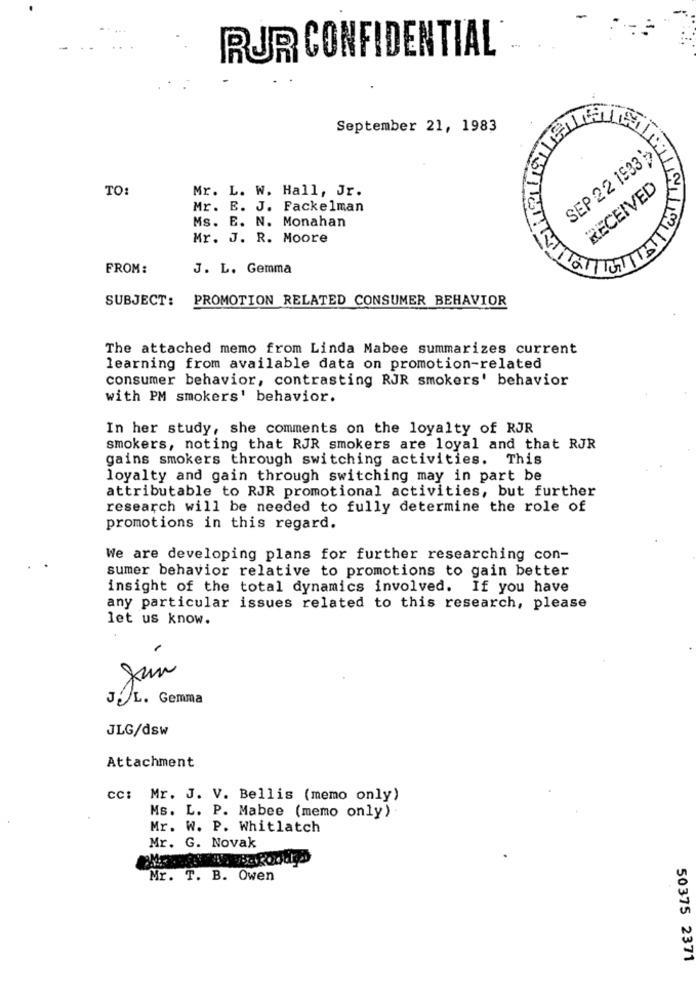
RUR CONFIDENTIAL
September 21, 1983
SEP 22 1933
TO:
Mr. L. W. Hall, Jr.
RECEIVED
Mr. E. J. Fackelman
Ms. E. N. Monahan
Mr. J. R. Moore
FROM:
J. L. Gemma
SUBJECT: PROMOTION RELATED CONSUMER BEHAVIOR
The attached memo from Linda Mabee summarizes current
learning from available data on promotion-related
consumer behavior, contrasting RJR smokers' behavior
with PM smokers' behavior.
In her study, she comments on the loyalty of RJR
smokers, noting that RJR smokers are loyal and that RJR
gains smokers through switching activities. This
loyalty and gain through switching may in part be
attributable to RJR promotional activities, but further
research will be needed to fully determine the role of
promotions in this regard.
We are developing plans for further researching con-
sumer behavior relative to promotions to gain better
insight of the total dynamics involved. If you have
any particular issues related to this research, please
let us know.
Juin
JÓL. Gemma
JLG/dsw
Attachment
cc: Mr. J. V. Bellis (memo only)
Ms. L. P. Mabee (memo only)
Mr. W. P. Whitlatch
Mr. G. Novak
Mr. T. B. Owen
50375 2371